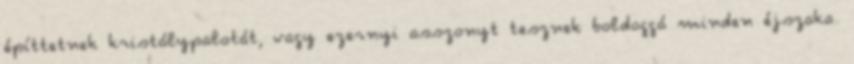
építtetnek kristálypalotát, vagy ezernyi asszonyt tesznek boldoggá minden éjszaka.